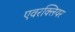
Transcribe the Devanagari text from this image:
एवरक्लियर